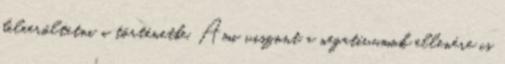
beleerőltetni a történetbe. Ami viszont a negatívumok ellenére is